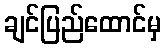
ချင်ပြည်ထောင်မှ